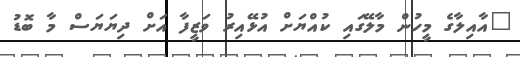
"އާއިލާގެ މީހުން މާލޭގައި ކުއްޔަށް އުޅޭއިރު ވަޒީފާ އަށް ދިޔަޔަސް މާ ބޮޑު